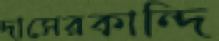
দাসেরকান্দি